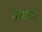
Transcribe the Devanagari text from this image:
रायासत